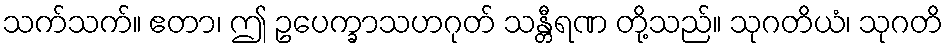
သက်သက်။ ဧတာ၊ ဤ ဥပေက္ခာသဟဂုတ် သန္တီရဏ တို့သည်။ သုဂတိယံ၊ သုဂတိ